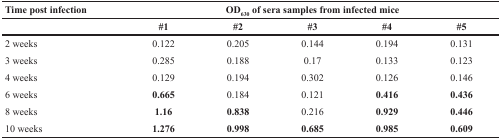
| Time post infection | <COLSPAN=5> OD630 of sera samples from infected mice |
 |  | #1 | #2 | #3 | #4 | #5 |
 | --- | --- | --- | --- | --- | --- |
 | 2 weeks | 0.122 | 0.205 | 0.144 | 0.194 | 0.131 |
 | 3 weeks | 0.285 | 0.188 | 0.17 | 0.133 | 0.123 |
 | 4 weeks | 0.129 | 0.194 | 0.302 | 0.126 | 0.146 |
 | 6 weeks | 0.665 | 0.184 | 0.121 | 0.416 | 0.436 |
 | 8 weeks | 1.16 | 0.838 | 0.216 | 0.929 | 0.446 |
 | 10 weeks | 1.276 | 0.998 | 0.685 | 0.985 | 0.609 |